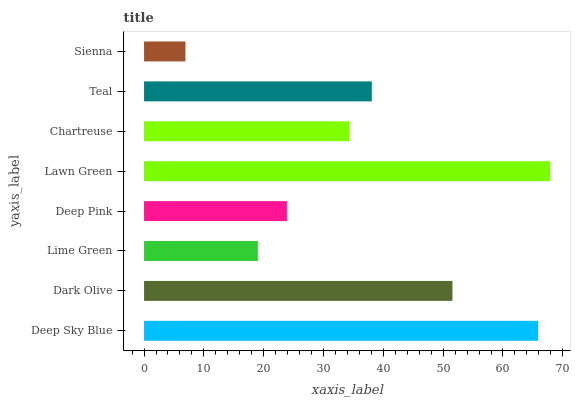
| yaxis_label | bars |
 | --- | --- |
 | Deep Sky Blue | 65.9 |
 | Dark Olive | 51.6 |
 | Lime Green | 19 |
 | Deep Pink | 23.9 |
 | Lawn Green | 67.9 |
 | Chartreuse | 34.4 |
 | Teal | 38.1 |
 | Sienna | 6.92 |